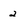
Character: 2